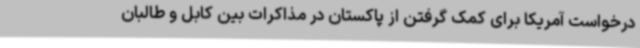
درخواست آمریکا برای کمک گرفتن از پاکستان در مذاکرات بین کابل و طالبان